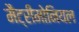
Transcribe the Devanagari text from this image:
मैट्रीमोनियल